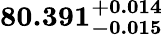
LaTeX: \mathbf{80.391_{-0.015}^{+0.014}}